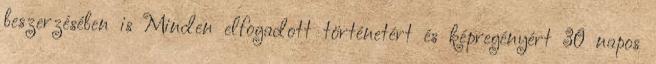
beszerzésében is Minden elfogadott történetért és képregényért 30 napos